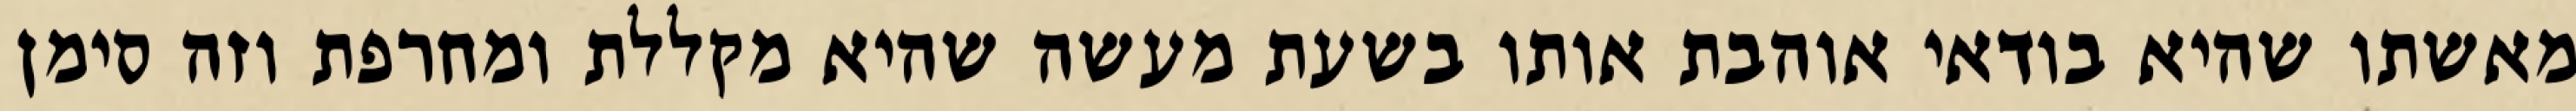
מאשתו שהיא בודאי אוהבת אותו בשעת מעשה שהיא מקללת ומחרפת וזה סימן